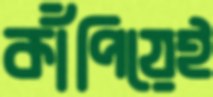
কাঁপিয়েই